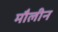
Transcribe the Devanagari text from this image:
मौलीन